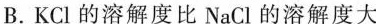
B.KCl的溶解度比NaCl的溶解度大